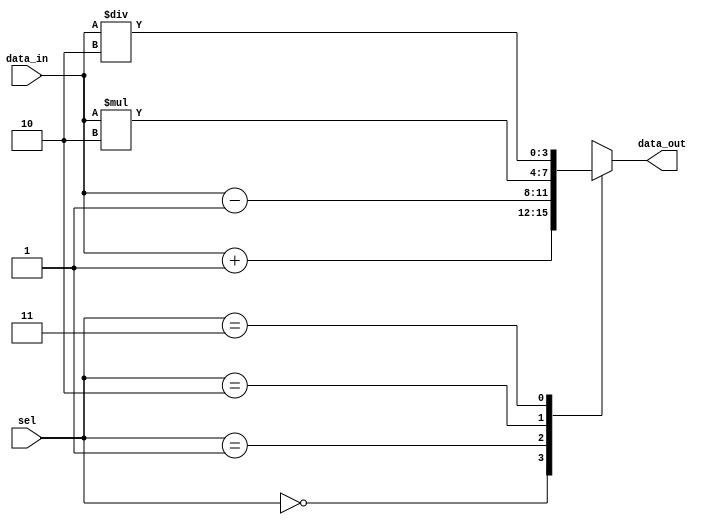
module parallel_case_statement (
    input [1:0] sel,
    input [3:0] data_in,
    output reg [3:0] data_out
);

always @* begin
    case (sel)
        2'b00: data_out = data_in + 4'b0001; // Increment data by 1 for sel = 00
        2'b01: data_out = data_in - 4'b0001; // Decrement data by 1 for sel = 01
        2'b10: data_out = data_in * 4'b0010; // Multiply data by 2 for sel = 10
        2'b11: data_out = data_in / 4'b0010; // Divide data by 2 for sel = 11
        default: data_out = data_in;
    endcase
end

endmodule